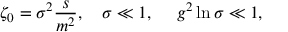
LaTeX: \zeta _ { 0 } = \sigma ^ { 2 } { \frac { s } { m ^ { 2 } } } , ~ ~ ~ \sigma \ll 1 , ~ ~ ~ ~ g ^ { 2 } \ln \sigma \ll 1 ,